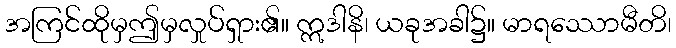
အကြင်ထိုမှဤမှလှုပ်ရှား၏။ ဣဒါနိ၊ ယခုအခါ၌။ မာရဿောမီတိ၊